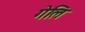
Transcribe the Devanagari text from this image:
गेलि